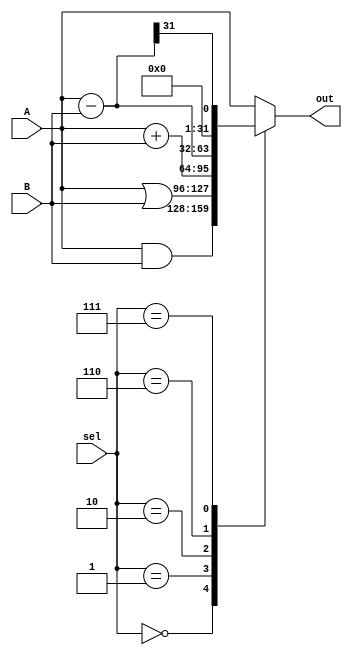
`timescale 1ns/1ps

module alu(A, B, sel, out);
    input signed [31:0] A, B;
    input [2:0] sel;
    output reg [31:0] out;

    reg [31:0] temp; 

    always @(*) begin
        case (sel)
            3'b000 : out = A & B;
            3'b001 : out = A | B;
            3'b010 : out = A + B;
            3'b110 : out = A - B;
            3'b111 : begin
                temp = A - B;
                out = {{31{1'b0}}, temp[31]};
                end
            default: out = A;
        endcase
    end
endmodule

module tb_alu;
    reg signed [31:0] A, B;
    reg [2:0] sel;
    wire [31:0] out;

    reg [2:0] i;
    reg [1:0] j, k;

    reg [31:0] A_ [1:0];
    reg [31:0] B_ [1:0];
    reg [2:0] op_codes [5:0];

    alu test(A, B, sel, out);

        initial begin
            op_codes[0] = 3'b000;
            op_codes[1] = 3'b001;
            op_codes[2] = 3'b010;
            op_codes[3] = 3'b110;
            op_codes[4] = 3'b111;

            A_[0] = 32'b00000000000000000000000011100000;
            A_[1] = 32'b00000000000000000000110101011101;
            B_[0] = 32'b00000000000000000000000100011010;
            B_[1] = 32'b00000000000000000000000001011001;

            for (j=0;j<2;j++) begin
                A = A_[j];
                for (k=0;k<2;k++) begin
                    B = B_[k];
                    for (i=0;i<5;i++) begin
                        sel = op_codes[i];
                        #10;
                        $display ("%0d test data: Input A is %d, input B is %d, ALUop is %b, result is %d", (10*j+5*k+i+1), A, B, sel, $signed(out));
                    end
                end
            end
        end
endmodule